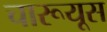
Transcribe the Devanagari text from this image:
चारूयूस